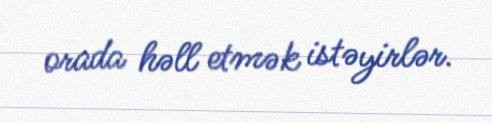
orada həll etmək istəyirlər.